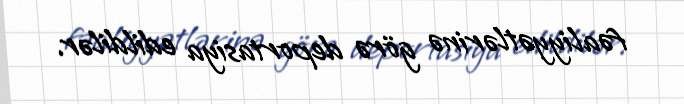
fəaliyyətlərinə görə deportasiya edildilər.